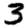
Digit: 3